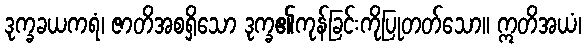
ဒုက္ခခယကရံ၊ ဇာတိအစရှိသော ဒုက္ခ၏ကုန်ခြင်းကိုပြုတတ်သော။ ဣတိအယံ၊